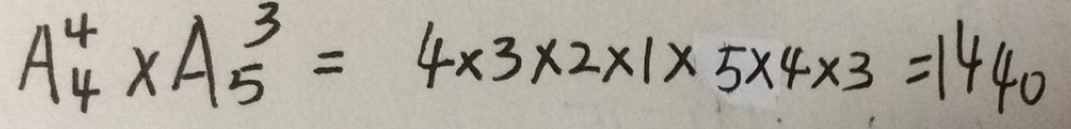
A _ { 4 } ^ { 4 } \times A _ { 5 } ^ { 3 } = 4 \times 3 \times 2 \times 1 \times 5 \times 4 \times 3 = 1 4 4 0